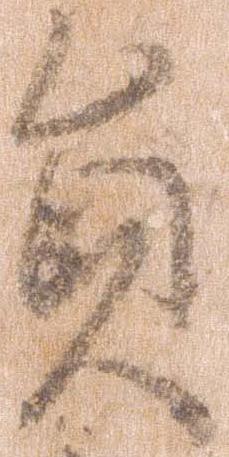
員